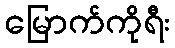
မြောက်ကိုရီး